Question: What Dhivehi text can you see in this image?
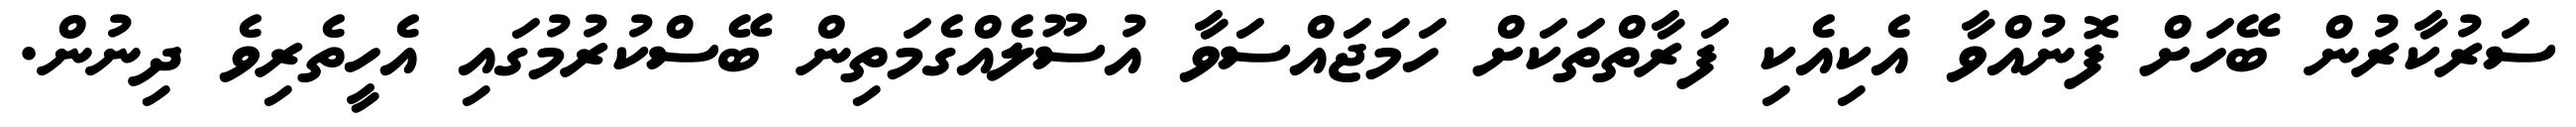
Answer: ސަރުކާރުން ބޭހަށް ފޮނުއްވާ އެކިއެކި ފަރާތްތަކަށް ހަމަޖައްސަވާ އުސޫލެއްގެމަތިން ބޭސްކުރުމުގައި އެހީތެރިވެ ދިނުން.